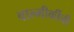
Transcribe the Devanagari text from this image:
वाल्मीकींनी